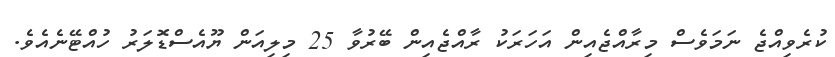
ކުރެވިއްޖެ ނަމަވެސް މިރާއްޖެއިން އަހަރަކު ރާއްޖެއިން ބޭރުވާ 25 މިލިއަން ޔޫއެސްޑޮަލަރު ހުއްޓޭނެއެވެ.